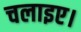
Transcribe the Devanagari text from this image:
चलाइए।